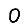
Digit: 0